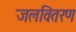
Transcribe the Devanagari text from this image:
जलवितरण